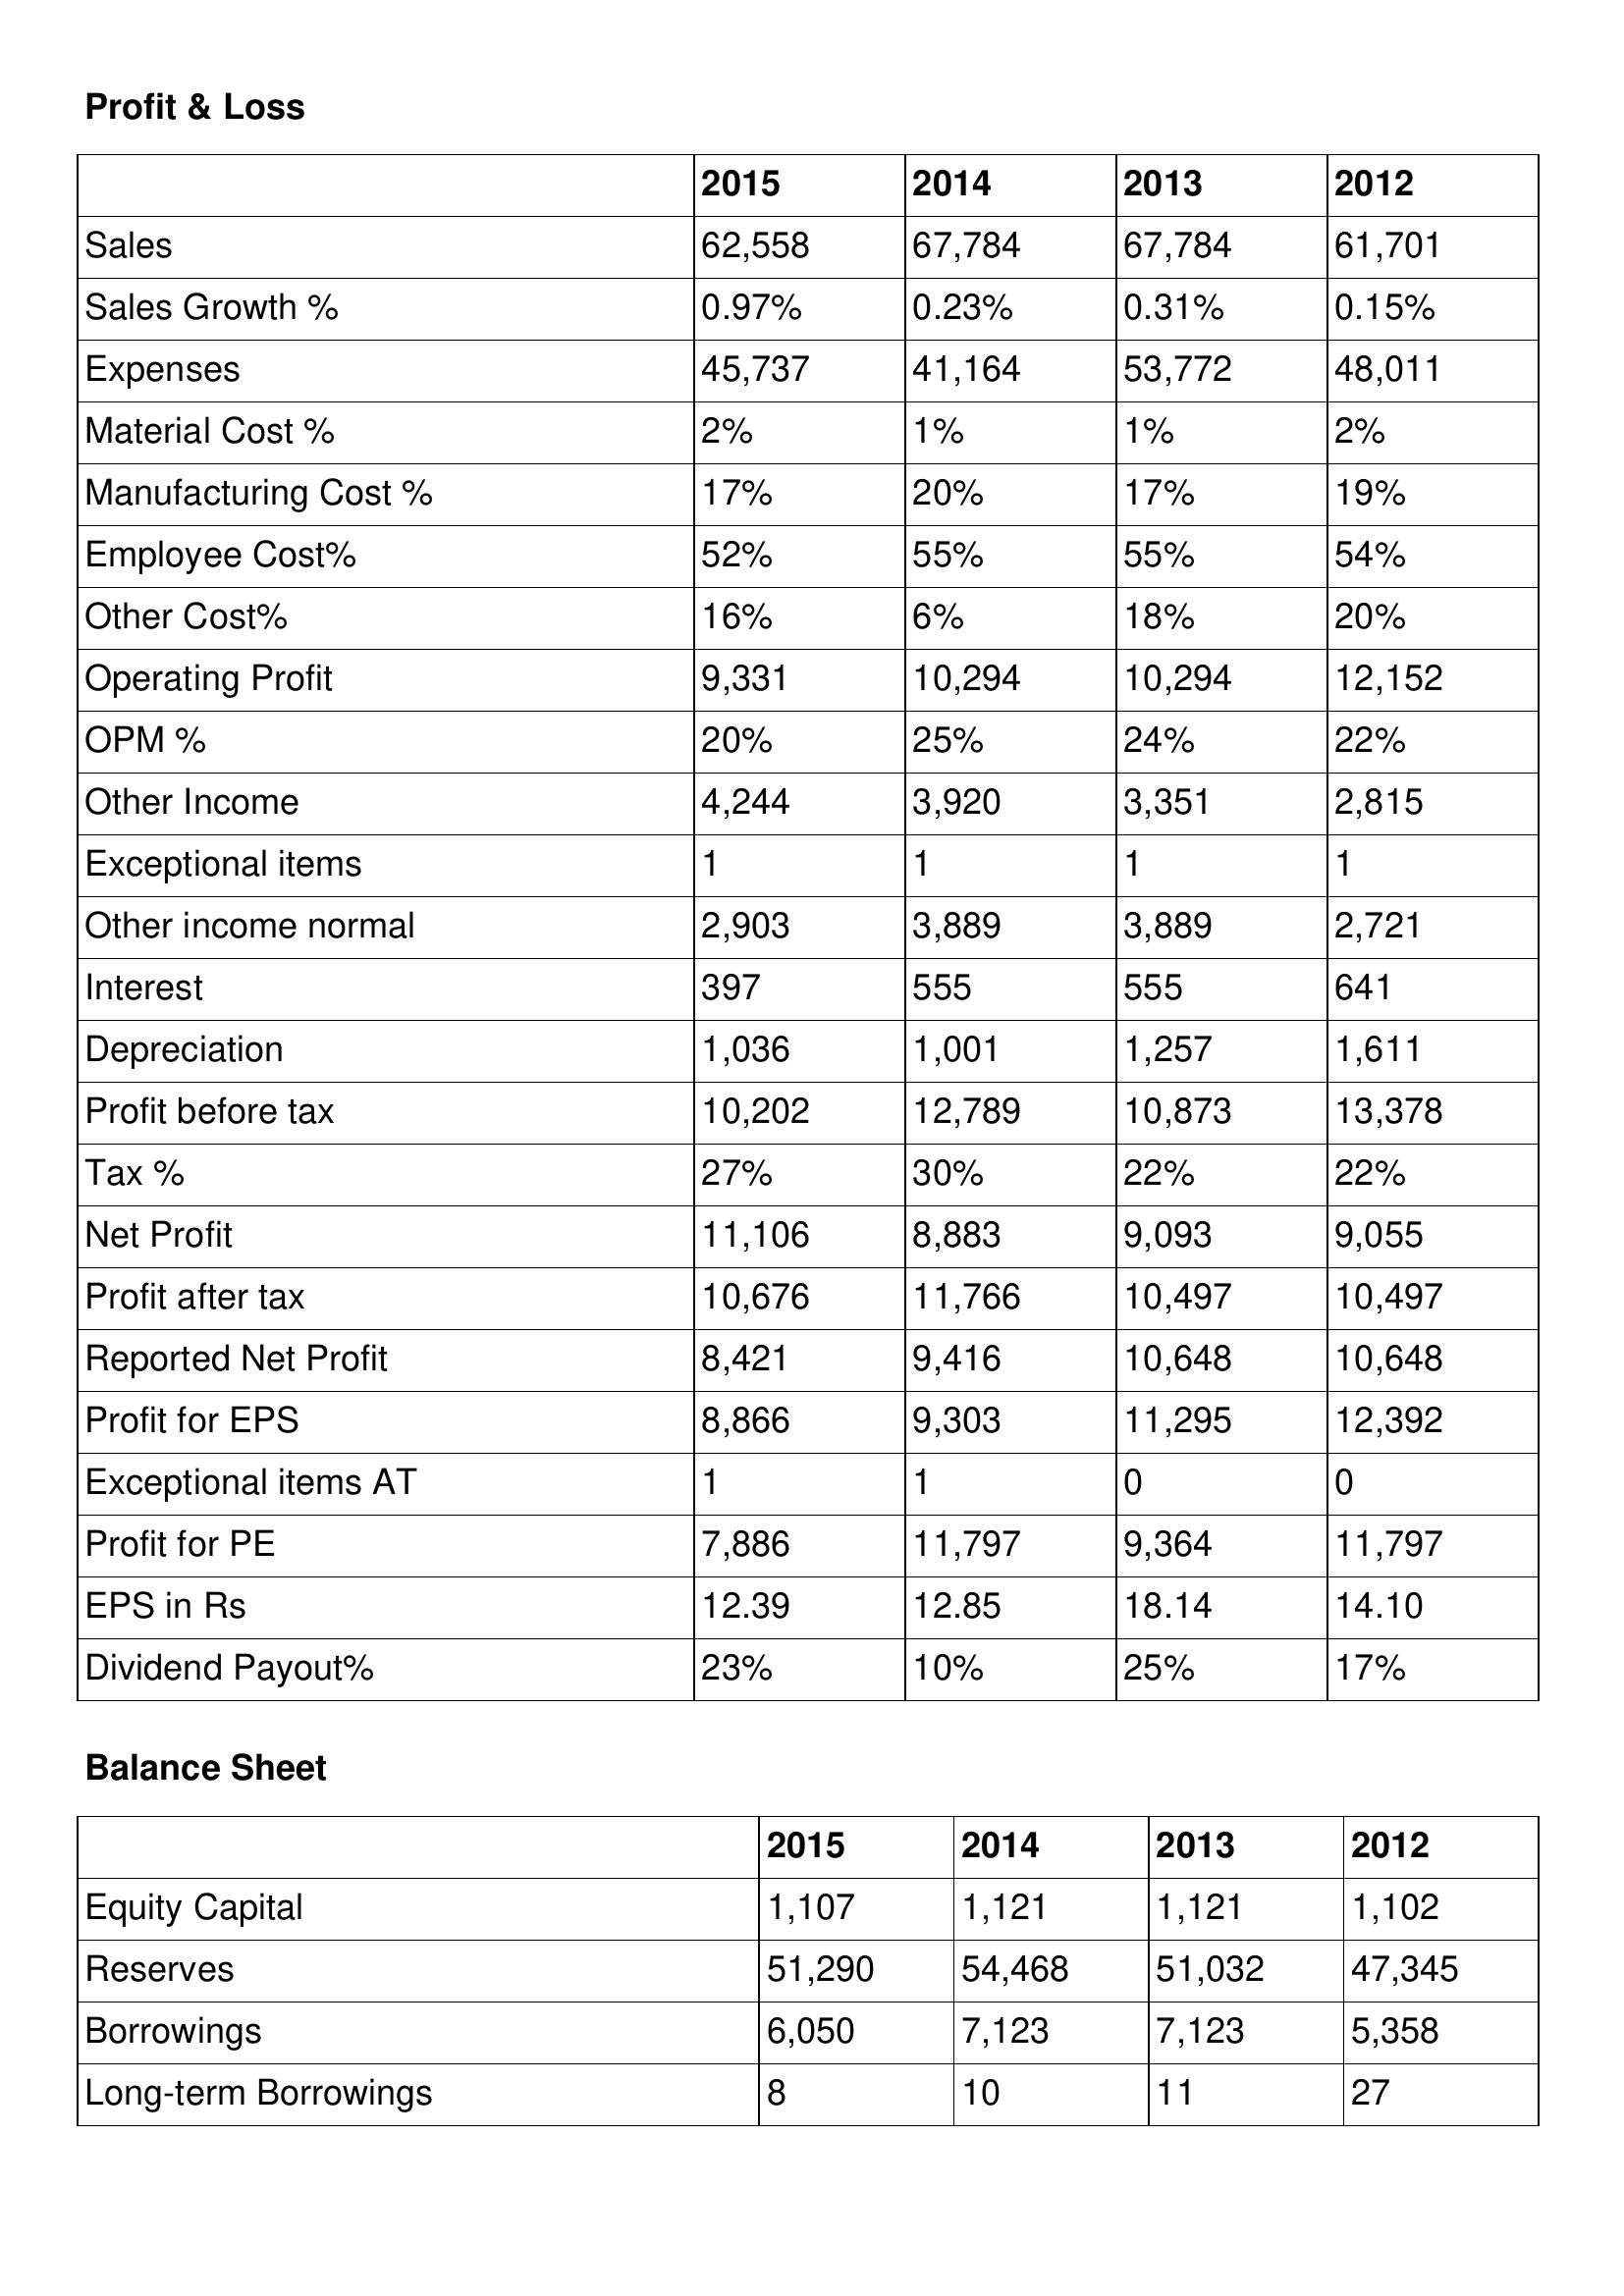
gt_parse: 2015: Profit & Loss: Sales: 62,558
Sales Growth %: 0.97%
Expenses: 45,737
Material Cost %: 2%
Manufacturing Cost %: 17%
Employee Cost%: 52%
Other Cost%: 16%
Operating Profit: 9,331
OPM %: 20%
Other Income: 4,244
Exceptional items: 1
Other income normal: 2,903
Interest: 397
Depreciation: 1,036
Profit before tax: 10,202
Tax %: 27%
Net Profit: 11,106
Profit after tax: 10,676
Reported Net Profit: 8,421
Profit for EPS: 8,866
Exceptional items AT: 1
Profit for PE: 7,886
EPS in Rs: 12.39
Dividend Payout%: 23%
Balance Sheet: Equity Capital: 1,107
Reserves: 51,290
Borrowings: 6,050
Long-term Borrowings: 8
2014: Profit & Loss: Sales: 67,784
Sales Growth %: 0.23%
Expenses: 41,164
Material Cost %: 1%
Manufacturing Cost %: 20%
Employee Cost%: 55%
Other Cost%: 6%
Operating Profit: 10,294
OPM %: 25%
Other Income: 3,920
Exceptional items: 1
Other income normal: 3,889
Interest: 555
Depreciation: 1,001
Profit before tax: 12,789
Tax %: 30%
Net Profit: 8,883
Profit after tax: 11,766
Reported Net Profit: 9,416
Profit for EPS: 9,303
Exceptional items AT: 1
Profit for PE: 11,797
EPS in Rs: 12.85
Dividend Payout%: 10%
Balance Sheet: Equity Capital: 1,121
Reserves: 54,468
Borrowings: 7,123
Long-term Borrowings: 10
2013: Profit & Loss: Sales: 67,784
Sales Growth %: 0.31%
Expenses: 53,772
Material Cost %: 1%
Manufacturing Cost %: 17%
Employee Cost%: 55%
Other Cost%: 18%
Operating Profit: 10,294
OPM %: 24%
Other Income: 3,351
Exceptional items: 1
Other income normal: 3,889
Interest: 555
Depreciation: 1,257
Profit before tax: 10,873
Tax %: 22%
Net Profit: 9,093
Profit after tax: 10,497
Reported Net Profit: 10,648
Profit for EPS: 11,295
Exceptional items AT: 0
Profit for PE: 9,364
EPS in Rs: 18.14
Dividend Payout%: 25%
Balance Sheet: Equity Capital: 1,121
Reserves: 51,032
Borrowings: 7,123
Long-term Borrowings: 11
2012: Profit & Loss: Sales: 61,701
Sales Growth %: 0.15%
Expenses: 48,011
Material Cost %: 2%
Manufacturing Cost %: 19%
Employee Cost%: 54%
Other Cost%: 20%
Operating Profit: 12,152
OPM %: 22%
Other Income: 2,815
Exceptional items: 1
Other income normal: 2,721
Interest: 641
Depreciation: 1,611
Profit before tax: 13,378
Tax %: 22%
Net Profit: 9,055
Profit after tax: 10,497
Reported Net Profit: 10,648
Profit for EPS: 12,392
Exceptional items AT: 0
Profit for PE: 11,797
EPS in Rs: 14.10
Dividend Payout%: 17%
Balance Sheet: Equity Capital: 1,102
Reserves: 47,345
Borrowings: 5,358
Long-term Borrowings: 27